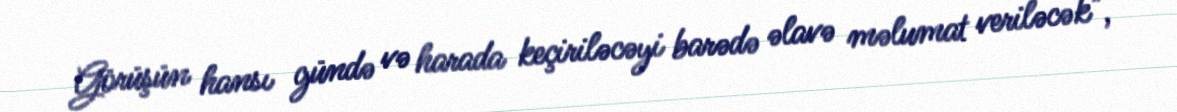
Görüşün hansı gündə və harada keçiriləcəyi barədə əlavə məlumat veriləcək",